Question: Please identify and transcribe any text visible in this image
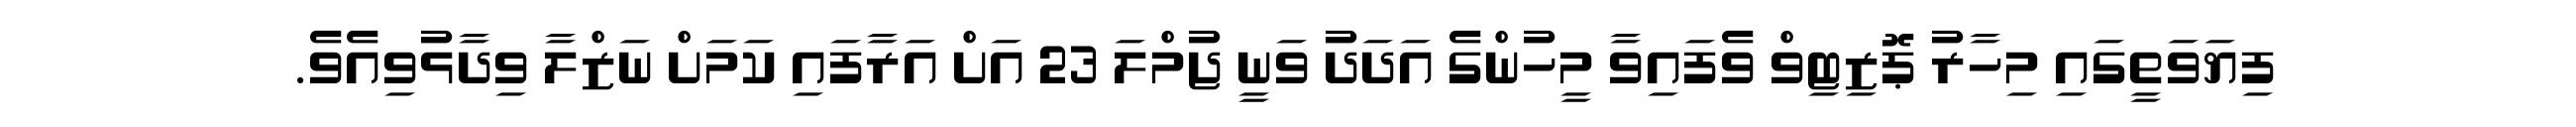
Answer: ފިޔަވަތީގައި މިހާރު ޕޮޒިޓިވް ވެފައިވާ މީހުންގެ އަދަދު ވަނީ ޖުމްލަ 23 އަށް އަރާފައި ކަމަށް ނަޒްލާ ވިދާޅުވިއެވެ.